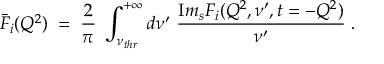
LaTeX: \bar { F } _ { i } ( Q ^ { 2 } ) \; = \; { \frac { 2 } { \pi } } \; \int _ { \nu _ { t h r } } ^ { + \infty } d \nu ^ { \prime } \; { \frac { { \mathrm I m } _ { s } F _ { i } ( Q ^ { 2 } , \nu ^ { \prime } , t = - Q ^ { 2 } ) } { \nu ^ { \prime } } } \; .